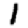
Digit: 1